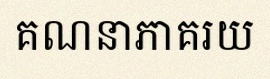
គណនាភាគរយ